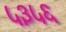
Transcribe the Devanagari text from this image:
५३५६